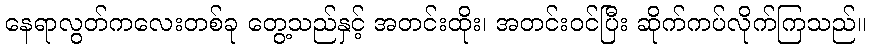
နေရာလွတ်ကလေးတစ်ခု တွေ့သည်နှင့် အတင်းထိုး၊ အတင်းဝင်ပြီး ဆိုက်ကပ်လိုက်ကြသည်။